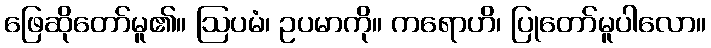
ဖြေဆိုတော်မူ၏။ ဩပမံ၊ ဥပမာကို။ ကရောဟိ၊ ပြုတော်မူပါလော။